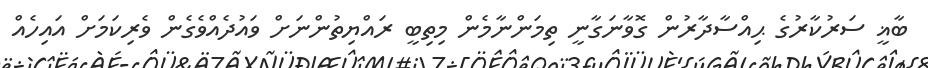
ބާޣީ ސަރުކާރުގެ ޙިއްސާދާރުން ގޮވާނަގާނީ ތިމަންނާމެން މިތިބީ ރައްޔިތުންނަށް ވައުދެއްވެގެން ވެރިކަމަށް އައިހެއް